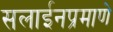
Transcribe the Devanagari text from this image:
सलाईनप्रमाणे